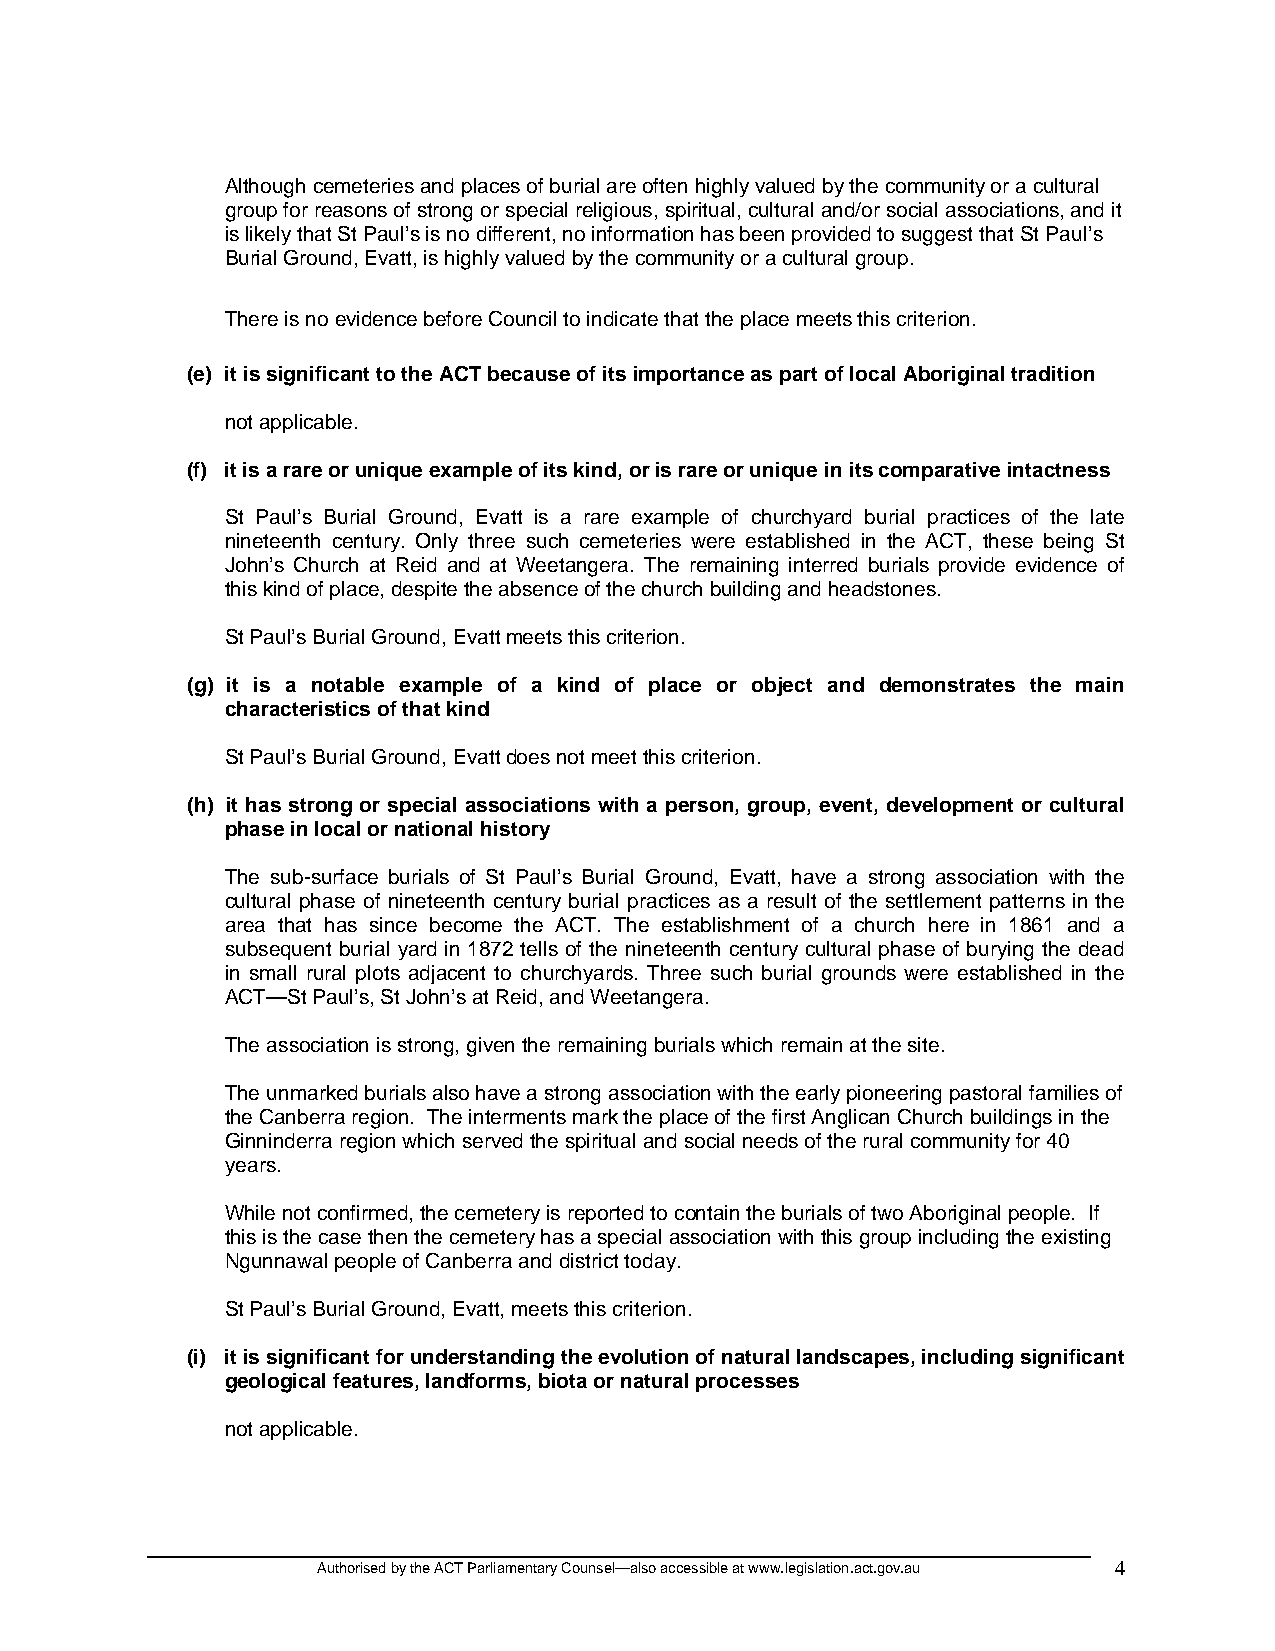
Although cemeteries and places of burial are often highly valued by the community or a cultural
 group for reasons of strong or special religious, spiritual, cultural and/or social associations, and it
 is likely that St Paul’s is no different, no information has been provided to suggest that St Paul’s
 Burial Ground, Evatt, is highly valued by the community or a cultural group.
 There is no evidence before Council to indicate that the place meets this criterion.
 (e) it is significant to the ACT because of its importance as part of local Aboriginal tradition
 not applicable.
 (f) it is a rare or unique example of its kind, or is rare or unique in its comparative intactness
 St Paul’s Burial Ground, Evatt is a rare example of churchyard burial practices of the late
 nineteenth century. Only three such cemeteries were established in the ACT, these being St
 John’s Church at Reid and at Weetangera. The remaining interred burials provide evidence of
 this kind of place, despite the absence of the church building and headstones.
 St Paul’s Burial Ground, Evatt meets this criterion.
 (g) it is a notable example of a kind of place or object and demonstrates the main
 characteristics of that kind
 St Paul’s Burial Ground, Evatt does not meet this criterion.
 (h) it has strong or special associations with a person, group, event, development or cultural
 phase in local or national history
 The sub-surface burials of St Paul’s Burial Ground, Evatt, have a strong association with the
 cultural phase of nineteenth century burial practices as a result of the settlement patterns in the
 area that has since become the ACT. The establishment of a church here in 1861 and a
 subsequent burial yard in 1872 tells of the nineteenth century cultural phase of burying the dead
 in small rural plots adjacent to churchyards. Three such burial grounds were established in the
 ACT—St Paul’s, St John’s at Reid, and Weetangera.
 The association is strong, given the remaining burials which remain at the site.
 The unmarked burials also have a strong association with the early pioneering pastoral families of
 the Canberra region. The interments mark the place of the first Anglican Church buildings in the
 Ginninderra region which served the spiritual and social needs of the rural community for 40
 years.
 While not confirmed, the cemetery is reported to contain the burials of two Aboriginal people. If
 this is the case then the cemetery has a special association with this group including the existing
 Ngunnawal people of Canberra and district today.
 St Paul’s Burial Ground, Evatt, meets this criterion.
 (i) it is significant for understanding the evolution of natural landscapes, including significant
 geological features, landforms, biota or natural processes
 not applicable.
 Authorised by the ACT Parliamentary Counsel—also accessible at www.legislation.act.gov.au 4